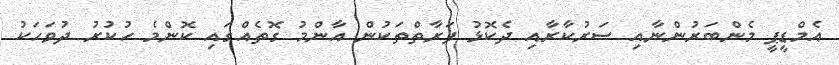
އެމްޑީޕީ މެންބަރުންނާއި ސަރުކާރާއި ދެކޮޅު ފަރާތްތަކުން އާންމު ގޮތެއްގައި ކޮންމެ ހުކުރު ދުވަހަކު